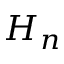
H _ { n }